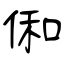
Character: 俰